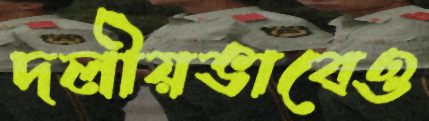
দলীয়ভাবেও